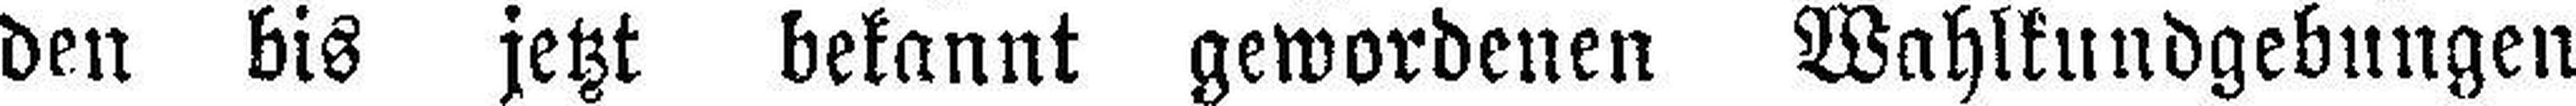
den bis jetzt bekannt gewordenen Wahlkundgebungen